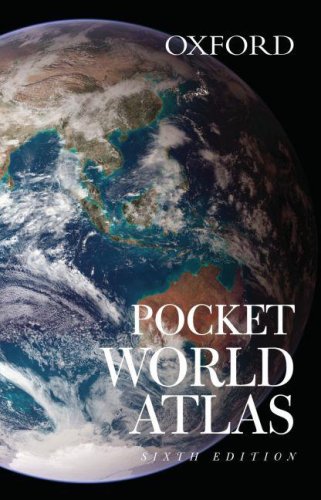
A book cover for Pocket World Atlas; Reference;